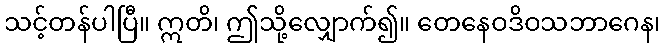
သင့်တန်ပါပြီ။ ဣတိ၊ ဤသို့လျှောက်၍။ တေနေဝဒိဝသဘာဂေန၊